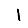
Digit: 1